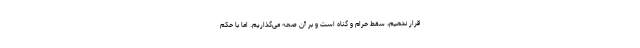
قرار ندهیم، سقط حرام و گناه است و بر آن صحه می‌گذاریم. اما با حکم